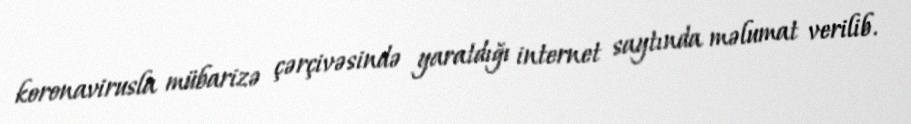
koronavirusla mübarizə çərçivəsində yaratdığı internet saytında məlumat verilib.